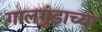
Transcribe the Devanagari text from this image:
गालगुंडाच्या